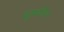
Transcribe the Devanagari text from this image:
शुष्कीय